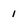
Character: i